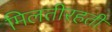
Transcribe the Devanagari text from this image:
मिलतीरहती